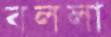
বললা